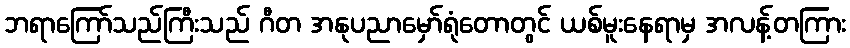
ဘရာကြော်သည်ကြီးသည် ဂီတ အနုပညာမှော်ရုံတောတွင် ယစ်မူးနေရာမှ အလန့်တကြား